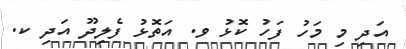
އަދި މި މަހު ފަހު ކޮޅު ވ. އަތޮޅު ފެލިދޫ އަދި ކ.